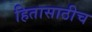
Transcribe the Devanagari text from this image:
हितासाठीच